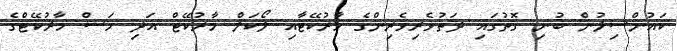
ކައުންސިލުން ބުނި ގޮތުގައި ދަތުވެރިވެރިންގެ މާރުކޭޓާއި ލޯކަލް މާރުކޭޓް އަދި މަސް މާރުކޭޓްގެ